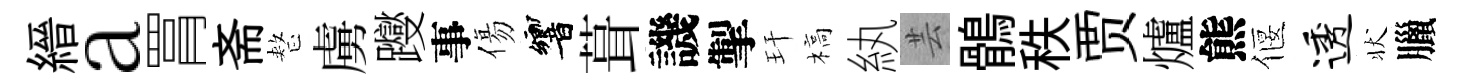
縉a罥斋整虜躞事傷響葺譏掣玕槁紈芸鶻秩贾爐熊偃透状臘